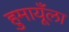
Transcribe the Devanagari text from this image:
हुमायूँला